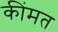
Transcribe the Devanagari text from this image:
कींमत